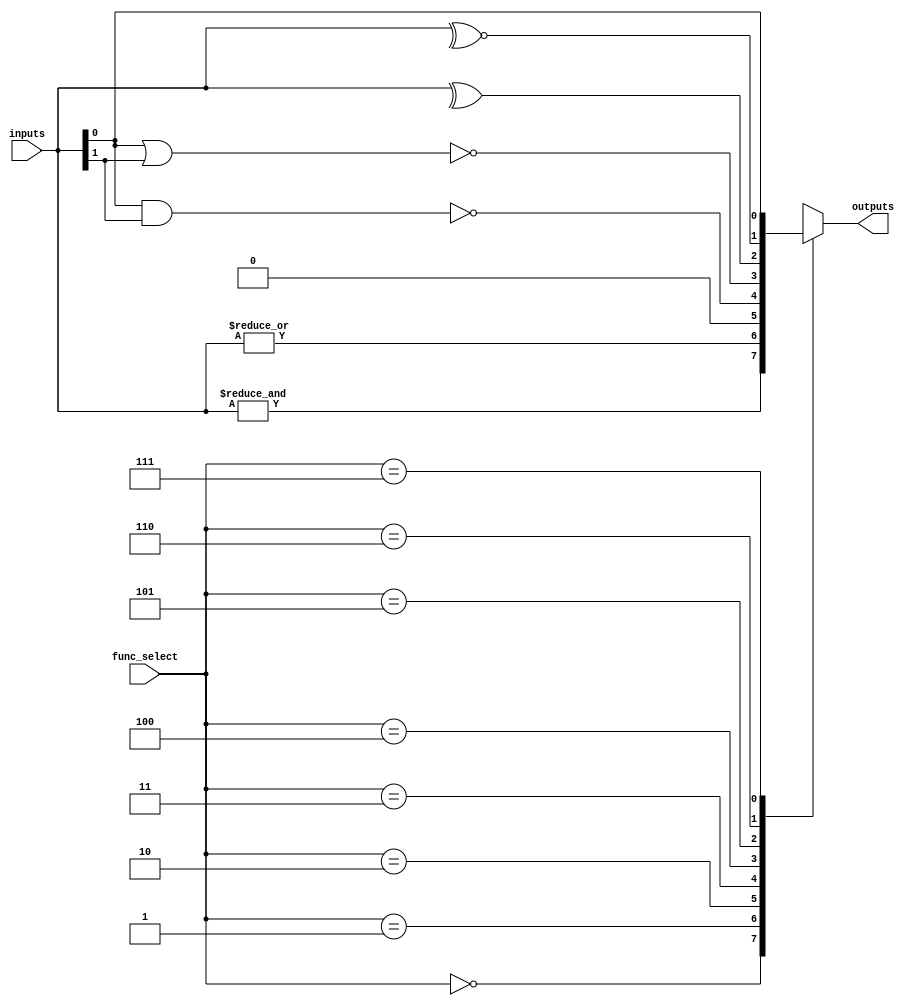
module combinational_logic_block #(
    parameter N = 4, // Number of inputs
    parameter M = 1   // Number of outputs
)(
    input  [N-1:0]  inputs,     // N-bit input vector
    input  [2:0]    func_select, // Function select lines (3 bits for 8 functions)
    output reg [M-1:0] outputs   // M-bit output vector
);

// Function select encoding
localparam FUNC_AND = 3'b000;
localparam FUNC_OR  = 3'b001;
localparam FUNC_NOT = 3'b010; // Only for single input
localparam FUNC_NAND = 3'b011;
localparam FUNC_NOR  = 3'b100;
localparam FUNC_XOR  = 3'b101;
localparam FUNC_XNOR = 3'b110;
localparam FUNC_PASS = 3'b111; // Pass-through (for testing)

// Combinational logic implementation
always @(*) begin
    case (func_select)
        FUNC_AND: begin
            outputs = &inputs; // AND operation
        end
        FUNC_OR: begin
            outputs = |inputs; // OR operation
        end
        FUNC_NOT: begin
            if (N == 1) begin
                outputs = ~inputs[0]; // NOT operation for single input
            end else begin
                outputs = 1'b0; // Not applicable for multiple inputs
            end
        end
        FUNC_NAND: begin
            outputs = ~(inputs[0] & inputs[1]); // NAND operation for 2 inputs
        end
        FUNC_NOR: begin
            outputs = ~(inputs[0] | inputs[1]); // NOR operation for 2 inputs
        end
        FUNC_XOR: begin
            outputs = ^inputs; // XOR operation
        end
        FUNC_XNOR: begin
            outputs = ~^inputs; // XNOR operation
        end
        FUNC_PASS: begin
            outputs = inputs[0]; // Pass-through for testing
        end
        default: begin
            outputs = {M{1'b0}}; // Default case (output 0)
        end
    endcase
end

endmodule